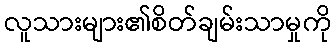
လူသားများ၏စိတ်ချမ်းသာမှုကို